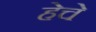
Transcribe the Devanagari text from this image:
हेचे